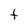
Character: t